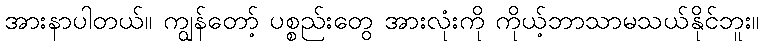
အားနာပါတယ်။ ကျွန်တော့် ပစ္စည်းတွေ အားလုံးကို ကိုယ့်ဘာသာမသယ်နိုင်ဘူး။